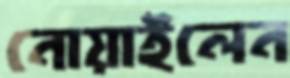
নোয়াইলেন